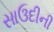
સાઉદીની